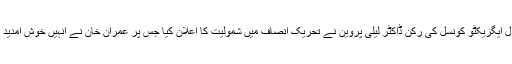
ایم کیو ایم کی مرکزی رہنما اور سینٹرل ایگزیکٹو کونسل کی رکن ڈاکٹر لیلیٰ پروین نے تحریک انصاف میں شمولیت کا اعلان کیا جس پر عمران خان نے انہیں خوش آمدید کہا اور شمولیت کو خوش آئند قرار دیا۔